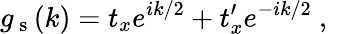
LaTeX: g_{\mathrm{~s~}}(k)=t_{x}e^{ik/2}+t_{x}^{\prime}e^{-ik/2}\mathrm{~,~}